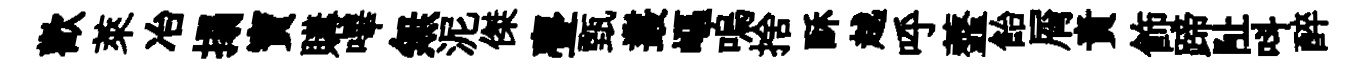
歡萊冶搨寶購嗶無泥傑亹甄叢嶇嗚捨酥越呼虀飴屑責飾蹄阯呌醉